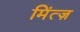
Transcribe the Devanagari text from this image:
मिंत्ज़